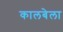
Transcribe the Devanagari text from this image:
कालबेला